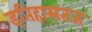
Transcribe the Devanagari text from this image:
इतिहासतज